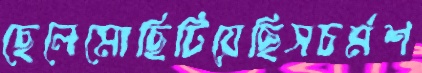
ছেলেমোছিটিয়েছিসচর্মশ